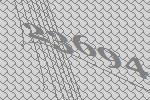
23694